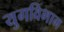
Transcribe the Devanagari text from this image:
युगविभाग